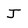
Character: J